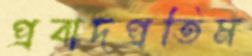
প্রবাদপ্রতিম